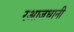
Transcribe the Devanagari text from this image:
रआजधानी